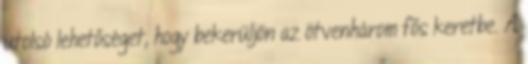
utolsó lehetőséget, hogy bekerüljön az ötvenhárom fős keretbe. A